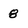
Character: 8